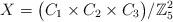
LaTeX: \begin{align*}X=\big(C_1 \times C_2 \times C_3 \big)/\mathbb Z_5^2\end{align*}